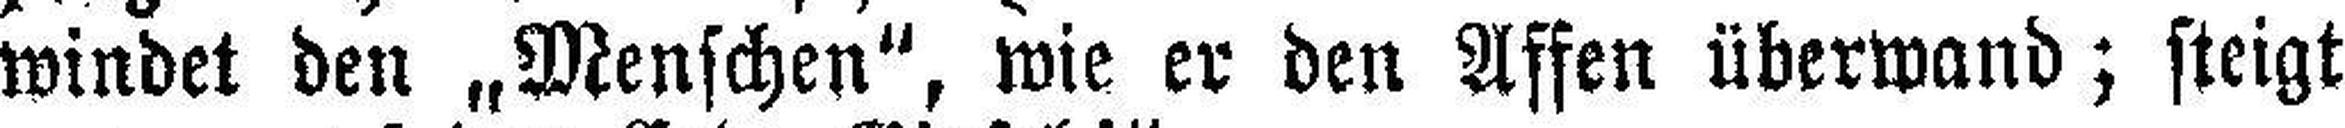
windet den „Menschen", wie er den Affen überwand; steigt